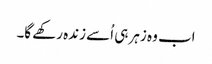
اب وہ زہر ہی اُسے زندہ رکھے گا۔